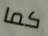
كما